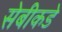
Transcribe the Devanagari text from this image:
सेबीकडे